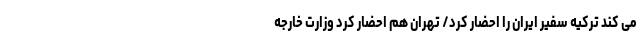
می کند ترکیه سفیر ایران را احضار کرد/ تهران هم احضار کرد وزارت خارجه